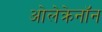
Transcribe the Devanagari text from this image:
ओलेक्रेनॉन